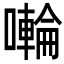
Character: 𭋳